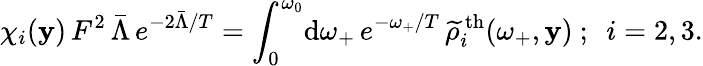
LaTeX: \chi_{i}(\mathbf{y})\, F^{2}\, \bar{{\Lambda}}\, e^{-2\bar{{\Lambda}}/T}=\int_{0}^{\omega_{0}}\! \mathrm{{d}}\omega_{+}\, e^{-\omega_{+}/T}\, \widetilde{{\rho}}_{i}^{\mathrm{{\, th}}}(\omega_{+},\mathbf{y})~;~~i=2,3.